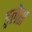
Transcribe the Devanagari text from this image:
ङ्गलेस